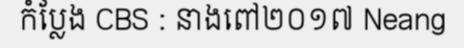
កំប្លែង CBS : នាងពៅ២០១៧ Neang